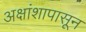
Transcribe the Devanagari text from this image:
अक्षांशापासून